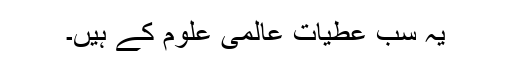
یہ سب عطیات عالمی علوم کے ہیں۔